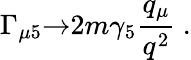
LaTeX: \Gamma_{\mu 5}{\rightarrow}2m\gamma_{5}{\frac{q_{\mu}}{q^{2}}}\ .